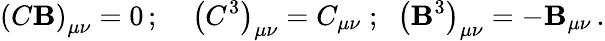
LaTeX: \left(C\mathbf{B}\right)_{\mu\nu}=0\, ;\; \; \; \; \left(C^{3}\right)_{\mu\nu}=C_{\mu\nu}\; ;\; \; \left(\mathbf{B}^{3}\right)_{\mu\nu}=-\mathbf{B}_{\mu\nu}\, .